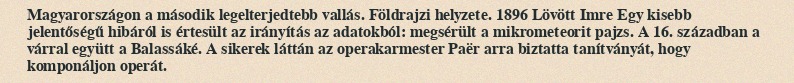
Magyarországon a második legelterjedtebb vallás. Földrajzi helyzete. 1896 Lövött Imre Egy kisebb jelentőségű hibáról is értesült az irányítás az adatokból: megsérült a mikrometeorit pajzs. A 16. században a várral együtt a Balassáké. A sikerek láttán az operakarmester Paër arra biztatta tanítványát, hogy komponáljon operát.